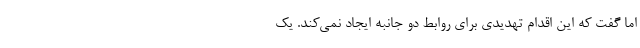
اما گفت که این اقدام تهدیدی برای روابط دو جانبه ایجاد نمی‌کند. یک